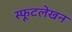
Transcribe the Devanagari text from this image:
स्फूटलेखन